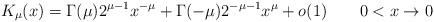
LaTeX: \begin{gather*}K_\mu(x)=\Gamma(\mu)2^{\mu-1}x^{-\mu}+\Gamma(-\mu)2^{-\mu-1}x^\mu+o(1)\qquad0<x\to0\end{gather*}